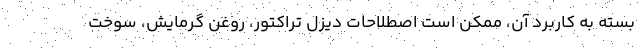
بسته به کاربرد آن، ممکن است اصطلاحات دیزل تراکتور، روغن گرمایش، سوخت